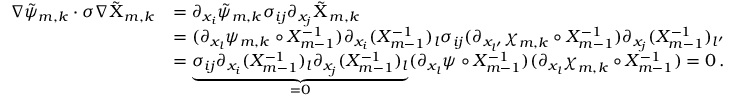
\begin{array} { r l } { \nabla \tilde { \psi } _ { m , k } \cdot \sigma \nabla \tilde { \Chi } _ { m , k } } & { = \partial _ { x _ { i } } \tilde { \psi } _ { m , k } \sigma _ { i j } \partial _ { x _ { j } } \tilde { \Chi } _ { m , k } } \\ & { = ( \partial _ { x _ { l } } \psi _ { m , k } \circ X _ { m - 1 } ^ { - 1 } ) \partial _ { x _ { i } } ( X _ { m - 1 } ^ { - 1 } ) _ { l } \sigma _ { i j } ( \partial _ { x _ { l ^ { \prime } } } { \boldsymbol { \chi } } _ { m , k } \circ X _ { m - 1 } ^ { - 1 } ) \partial _ { x _ { j } } ( X _ { m - 1 } ^ { - 1 } ) _ { l ^ { \prime } } } \\ & { = \underbrace { \sigma _ { i j } \partial _ { x _ { i } } ( X _ { m - 1 } ^ { - 1 } ) _ { l } \partial _ { x _ { j } } ( X _ { m - 1 } ^ { - 1 } ) _ { l } } _ { = 0 } ( \partial _ { x _ { l } } \psi \circ X _ { m - 1 } ^ { - 1 } ) ( \partial _ { x _ { l } } { \boldsymbol { \chi } } _ { m , k } \circ X _ { m - 1 } ^ { - 1 } ) = 0 \, . } \end{array}